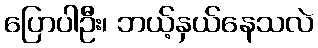
ပြောပါဦး၊ ဘယ့်နှယ်နေသလဲ